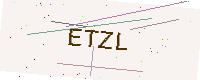
Text: ETZL